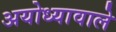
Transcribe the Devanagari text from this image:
अयोध्यावाले